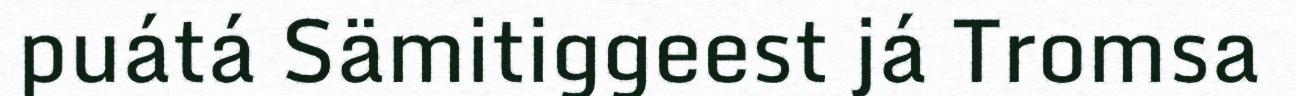
puátá Sämitiggeest já Tromsa